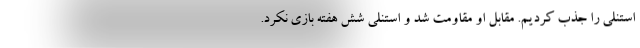
استنلی را جذب کردیم. مقابل او مقاومت شد و استنلی شش هفته بازی نکرد.